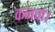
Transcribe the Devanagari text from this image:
कनवां।